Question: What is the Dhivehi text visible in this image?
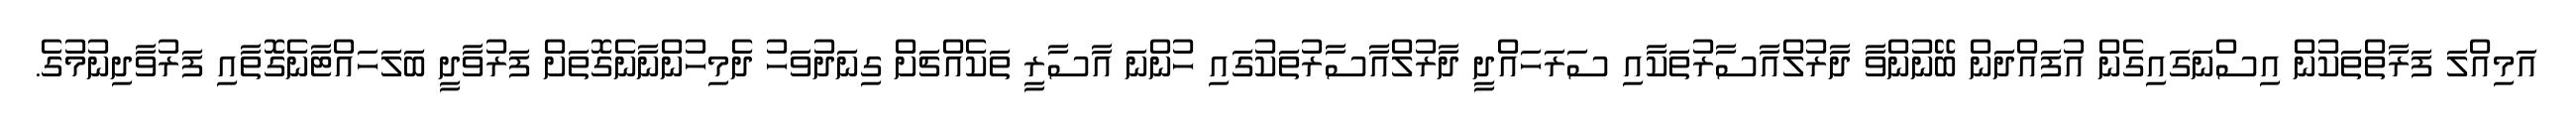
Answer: އަމިއްލަ ފަރާތްތަކުން އިސްނަގައިގެން އުފައްދަން ބޭނުންވާ ދާރުލްއާސާރުތަކާއި ސަރަހައްދީ ދާރުލްއާސާރުތަކުގައި ހުންނަ އާސާރީ ތަކެއްޗަށް ގިނަދުވަހު ދެމިހުންނާނެގޮތަށް ފަރުވާދީ ބަލަހައްޓާނެގޮތާއި ފަރުވާދިނުމުގެ.